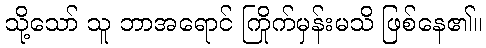
သို့သော် သူ ဘာအရောင် ကြိုက်မှန်းမသိ ဖြစ်နေ၏။